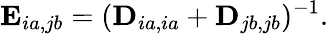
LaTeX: \mathbf{E}_{ia,jb}=(\mathbf{D}_{ia,ia}+\mathbf{D}_{jb,jb})^{-1}.